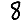
Digit: 8